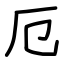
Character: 厄